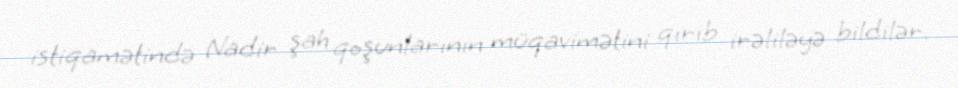
istiqamətində Nadir şah qoşunlarının müqavimətini qırıb irəliləyə bildilər.